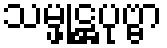
သမ္ဖုဋ္ဌပုဗ္ဗာ